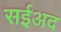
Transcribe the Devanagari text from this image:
सईअद